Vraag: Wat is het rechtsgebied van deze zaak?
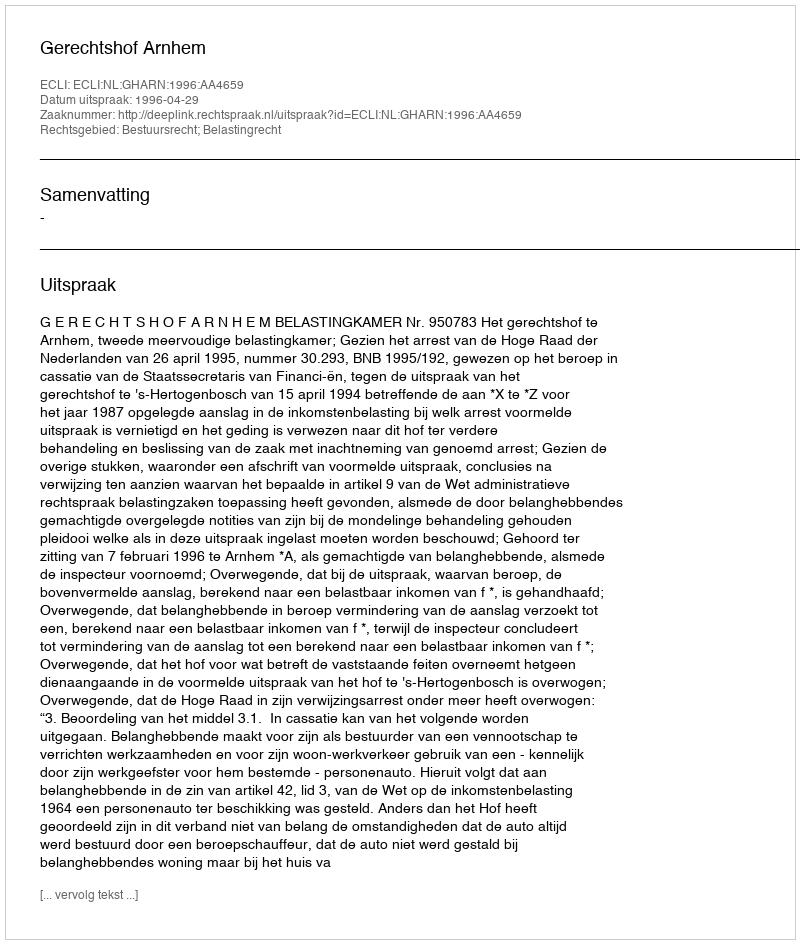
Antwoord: Bestuursrecht; Belastingrecht